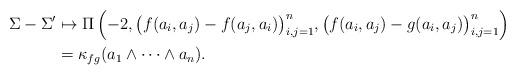
LaTeX: \begin{align*} \Sigma-\Sigma' &\mapsto \Pi\left(-2,\bigl(f(a_i,a_j) - f(a_j,a_i)\bigr)_{i,j=1}^n,\bigl(f(a_i,a_j)-g(a_i,a_j)\bigr)_{i,j=1}^n\right)\\ &= \kappa_{fg}(a_1\wedge\dots\wedge a_n). \end{align*}